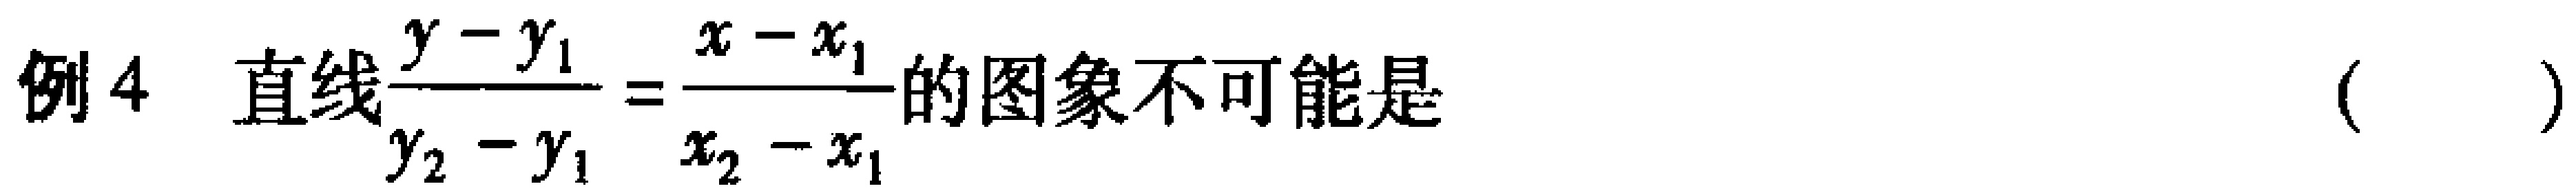
例4 直线$\frac{y - y_{1}}{y_{2} - y_{1}} = \frac{x - x_{1}}{x_{2} - x_{1}}$的图象不可能是 ( )